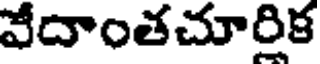
వేదాంతచూరిక